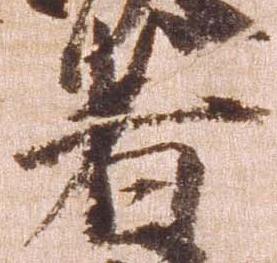
者